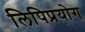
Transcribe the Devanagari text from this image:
लिपिप्रयोग